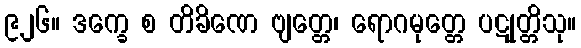
၉၂၆။ ဒက္ခေ စ တိခိဏေ ဗျတ္တေ၊ ရောဂမုတ္တေ ပဋုတ္တိသု။